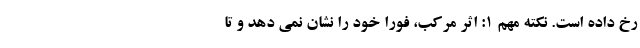
رخ داده است. نکته مهم 1: اثر مرکب، فوراً خود را نشان نمی دهد و تا